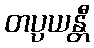
တပ္ပယန္တီ